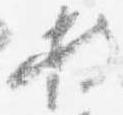
持